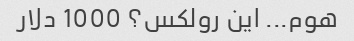
هوم... این رولکس؟ 1000 دلار